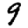
Digit: 9